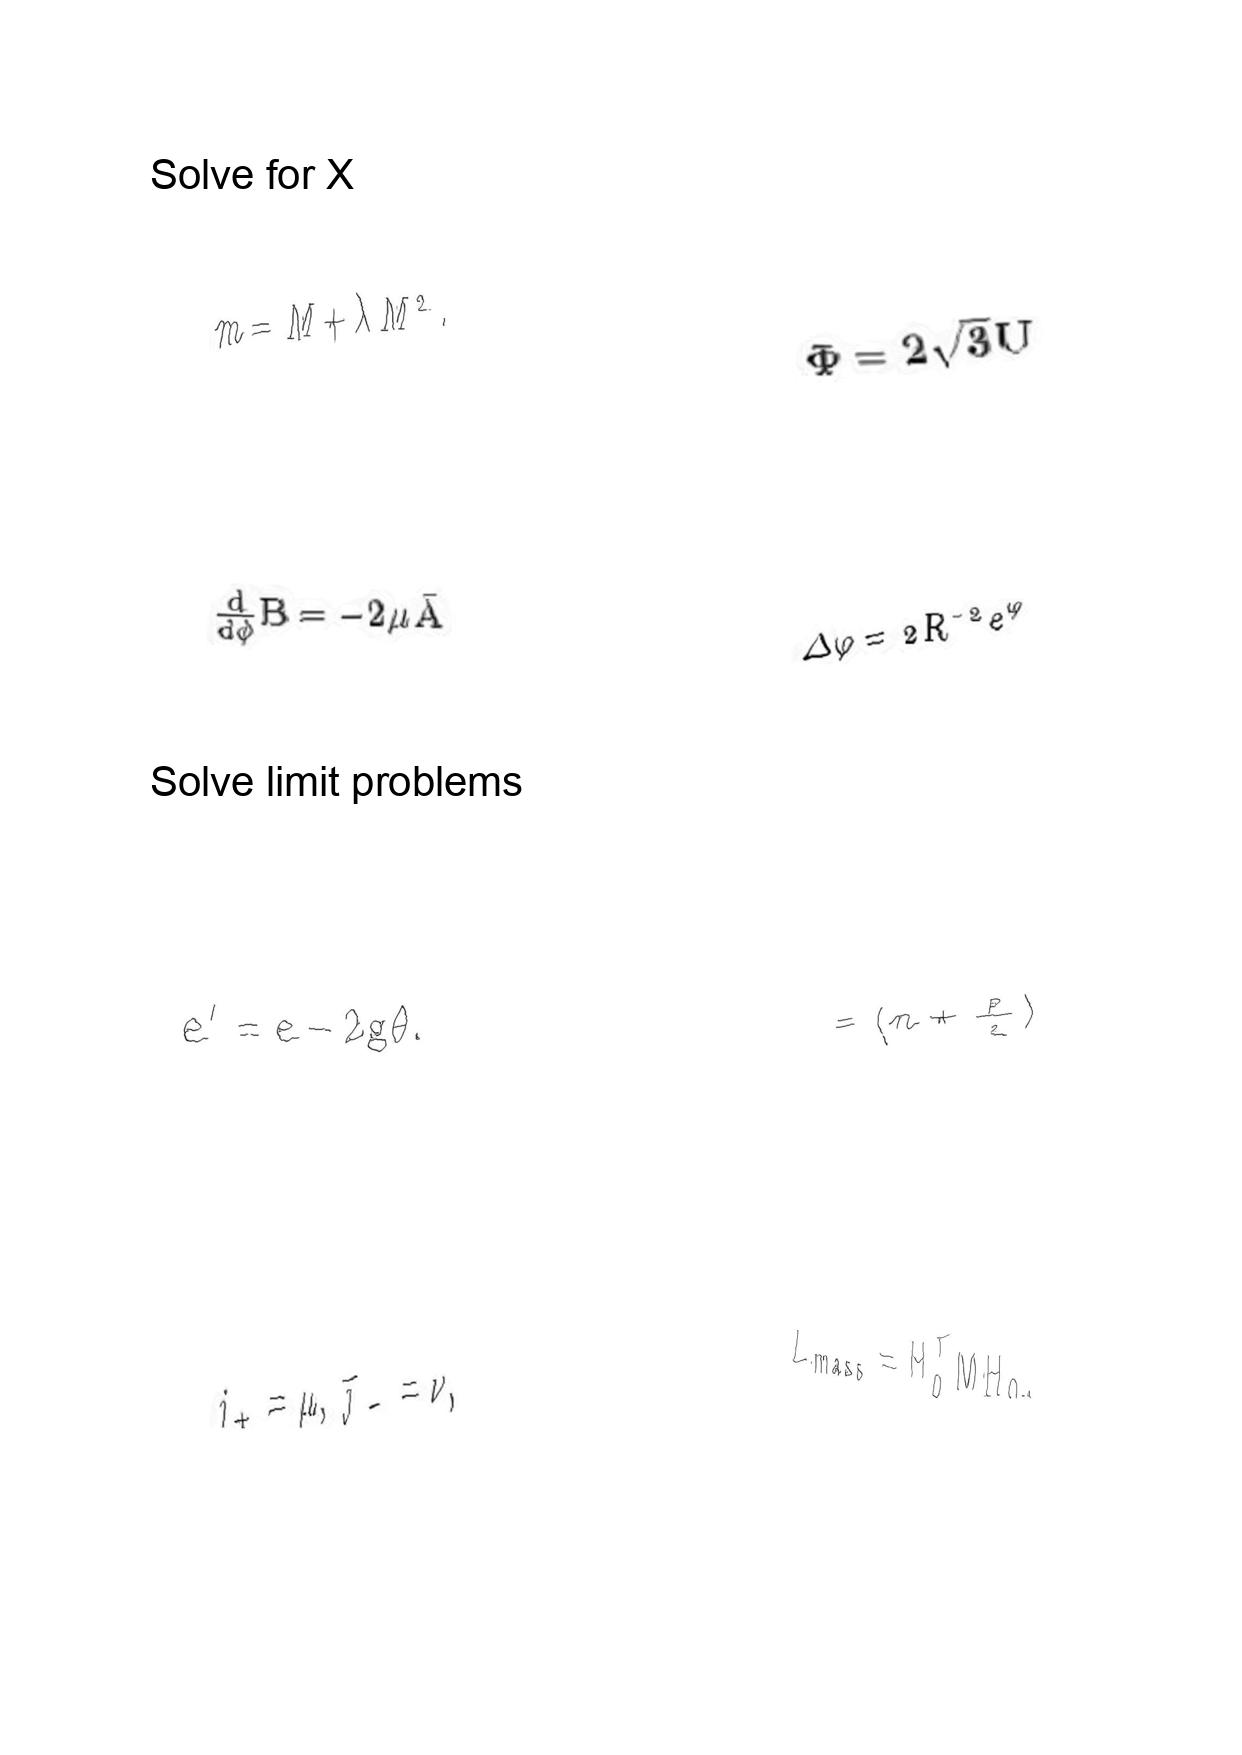
LaTeX transcription:
m = M + \lambda M ^ { 2 } .
\frac { d } { d \phi } B = - 2 \mu \bar { A }
e ^ { \prime } = e - 2 g \theta .
j _ { + } = \mu , \bar { \jmath } _ { - } = \nu ,
\Phi = 2 \sqrt { 3 } U
\Delta \varphi = 2 R ^ { - 2 } e ^ { \varphi }
= \lparen n + \frac { p } { 2 } \rparen
L _ { m a s s } = H _ { 0 } ^ { T } M H _ { 0 } ,